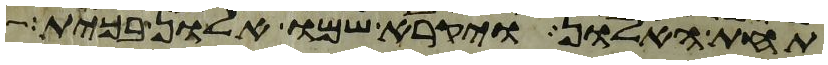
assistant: תחת האלון ויקרא שמו אלון בכית